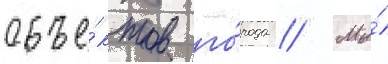
объе́ктов го́рода // Мы́